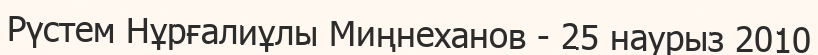
Рүстем Нұрғалиұлы Миңнеханов - 25 наурыз 2010